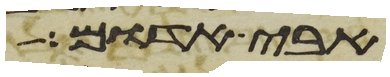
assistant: אבי אדום